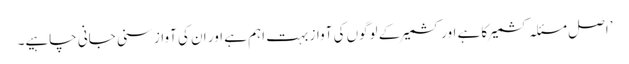
’اصل مسئلہ کشمیر کا ہے اور کشمیر کے لوگوں کی آواز بہت اہم ہے اور ان کی آواز سنی جانی چاہیے۔